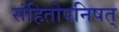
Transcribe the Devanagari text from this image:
संहितोपनिषत्